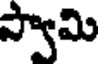
స్వామి